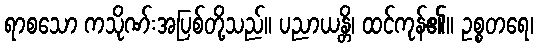
ရာစသော ကသိုဏ်းအပြစ်တို့သည်။ ပညာယန္တိ၊ ထင်ကုန်၏။ ဥစ္စတရေ၊